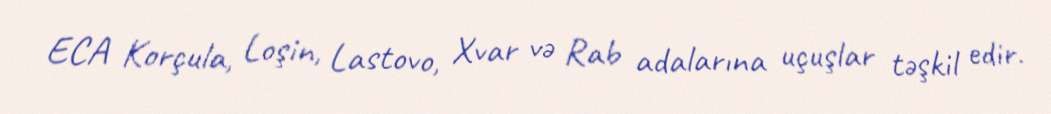
ECA Korçula, Loşin, Lastovo, Xvar və Rab adalarına uçuşlar təşkil edir.